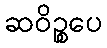
ဆဝိဉ္စပေ